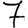
Digit: 7